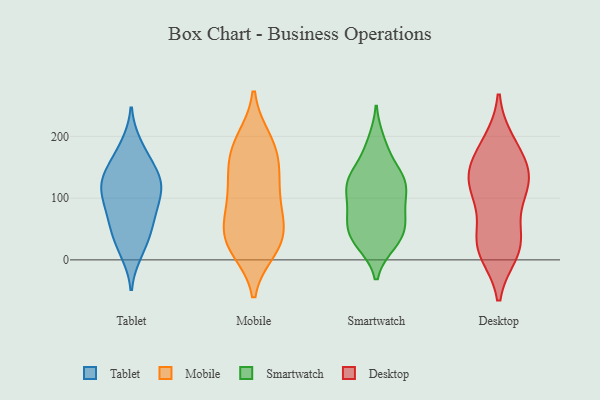
{"axis": {"x": "Budget (USD K)", "y": "Value"}, "legend": ["Desktop", "Mobile", "Smartwatch", "Tablet"], "data": [{"x": "", "y": 76, "type": "Tablet"}, {"x": "", "y": 184, "type": "Tablet"}, {"x": "", "y": 121, "type": "Tablet"}, {"x": "", "y": 14, "type": "Tablet"}, {"x": "", "y": 171, "type": "Tablet"}, {"x": "", "y": 25, "type": "Tablet"}, {"x": "", "y": 122, "type": "Tablet"}, {"x": "", "y": 43, "type": "Tablet"}, {"x": "", "y": 103, "type": "Tablet"}, {"x": "", "y": 140, "type": "Tablet"}, {"x": "", "y": 111, "type": "Tablet"}, {"x": "", "y": 66, "type": "Tablet"}, {"x": "", "y": 122, "type": "Tablet"}, {"x": "", "y": 67, "type": "Tablet"}, {"x": "", "y": 144, "type": "Tablet"}, {"x": "", "y": 80, "type": "Mobile"}, {"x": "", "y": 42, "type": "Mobile"}, {"x": "", "y": 30, "type": "Mobile"}, {"x": "", "y": 60, "type": "Mobile"}, {"x": "", "y": 91, "type": "Mobile"}, {"x": "", "y": 144, "type": "Mobile"}, {"x": "", "y": 33, "type": "Mobile"}, {"x": "", "y": 18, "type": "Mobile"}, {"x": "", "y": 130, "type": "Mobile"}, {"x": "", "y": 23, "type": "Mobile"}, {"x": "", "y": 194, "type": "Mobile"}, {"x": "", "y": 110, "type": "Mobile"}, {"x": "", "y": 184, "type": "Mobile"}, {"x": "", "y": 157, "type": "Mobile"}, {"x": "", "y": 185, "type": "Mobile"}, {"x": "", "y": 124, "type": "Smartwatch"}, {"x": "", "y": 137, "type": "Smartwatch"}, {"x": "", "y": 41, "type": "Smartwatch"}, {"x": "", "y": 129, "type": "Smartwatch"}, {"x": "", "y": 89, "type": "Smartwatch"}, {"x": "", "y": 71, "type": "Smartwatch"}, {"x": "", "y": 123, "type": "Smartwatch"}, {"x": "", "y": 63, "type": "Smartwatch"}, {"x": "", "y": 122, "type": "Smartwatch"}, {"x": "", "y": 58, "type": "Smartwatch"}, {"x": "", "y": 182, "type": "Smartwatch"}, {"x": "", "y": 30, "type": "Smartwatch"}, {"x": "", "y": 101, "type": "Smartwatch"}, {"x": "", "y": 119, "type": "Smartwatch"}, {"x": "", "y": 74, "type": "Smartwatch"}, {"x": "", "y": 42, "type": "Smartwatch"}, {"x": "", "y": 27, "type": "Smartwatch"}, {"x": "", "y": 28, "type": "Smartwatch"}, {"x": "", "y": 191, "type": "Smartwatch"}, {"x": "", "y": 148, "type": "Smartwatch"}, {"x": "", "y": 17, "type": "Desktop"}, {"x": "", "y": 28, "type": "Desktop"}, {"x": "", "y": 13, "type": "Desktop"}, {"x": "", "y": 189, "type": "Desktop"}, {"x": "", "y": 139, "type": "Desktop"}, {"x": "", "y": 115, "type": "Desktop"}, {"x": "", "y": 98, "type": "Desktop"}, {"x": "", "y": 184, "type": "Desktop"}, {"x": "", "y": 43, "type": "Desktop"}, {"x": "", "y": 143, "type": "Desktop"}, {"x": "", "y": 125, "type": "Desktop"}, {"x": "", "y": 24, "type": "Desktop"}, {"x": "", "y": 157, "type": "Desktop"}, {"x": "", "y": 118, "type": "Desktop"}]}